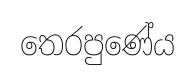
තෙරපුණේය